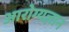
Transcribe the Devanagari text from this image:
आरोग्यज्ञान